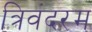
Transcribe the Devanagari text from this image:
त्रिवंदरम